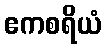
ဧကစရိယံ